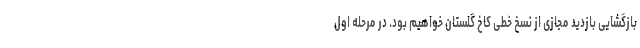
بازگشایی بازدید مجازی از نسخ خطی کاخ گلستان خواهیم بود. در مرحله اول